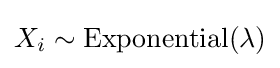
X_{i}\sim \operatorname {Exponential} (\lambda )